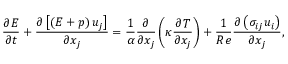
\frac { \partial E } { \partial t } + \frac { \partial \left[ \left( E + p \right) u _ { j } \right] } { \partial x _ { j } } = \frac { 1 } { \alpha } \frac { \partial } { \partial x _ { j } } \left( \kappa \frac { \partial T } { \partial x _ { j } } \right) + \frac { 1 } { R e } \frac { \partial \left( \sigma _ { i j } u _ { i } \right) } { \partial x _ { j } } ,